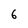
Character: 6